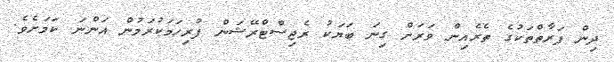
ދިން ފަރާތްތަކުގެ ތެރެއިން ވަރަށް ގިނަ ބަޔަކު ރެޖިސްޓްރޭޝަން ފުރިހަމަކުރަމުން އަންނަ ކަމަށެވެ.